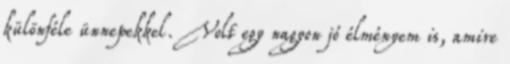
különféle ünnepekkel. Volt egy nagyon jó élményem is, amire